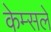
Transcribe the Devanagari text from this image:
केम्सले